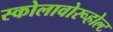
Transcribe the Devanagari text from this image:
स्कोलावोरूहोल्ट